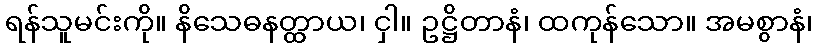
ရန်သူမင်းကို။ နိသေဓနတ္ထာယ၊ ငှါ။ ဥဋ္ဌိတာနံ၊ ထကုန်သော။ အမစွာနံ၊